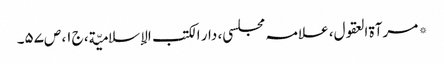
* مرآۃ العقول، علامہ مجلسی، دار الکتب الإسلامیّة، ج۱، ص۵۷۔